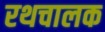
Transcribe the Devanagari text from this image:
रथचालक